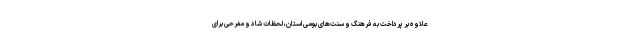
علاوه بر پرداخت به فرهنگ و سنت‌های بومی استان، لحظات شاد و مفرحی برای